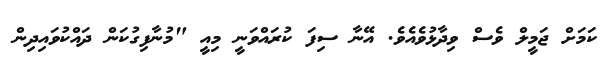
ކަމަށް ޖަމީލް ވެސް ވިދާޅުވެއެވެ. އޭނާ ސިފަ ކުރައްވަނީ މިއީ "މުނާފިގުކަން ދައްކުވައިދިން